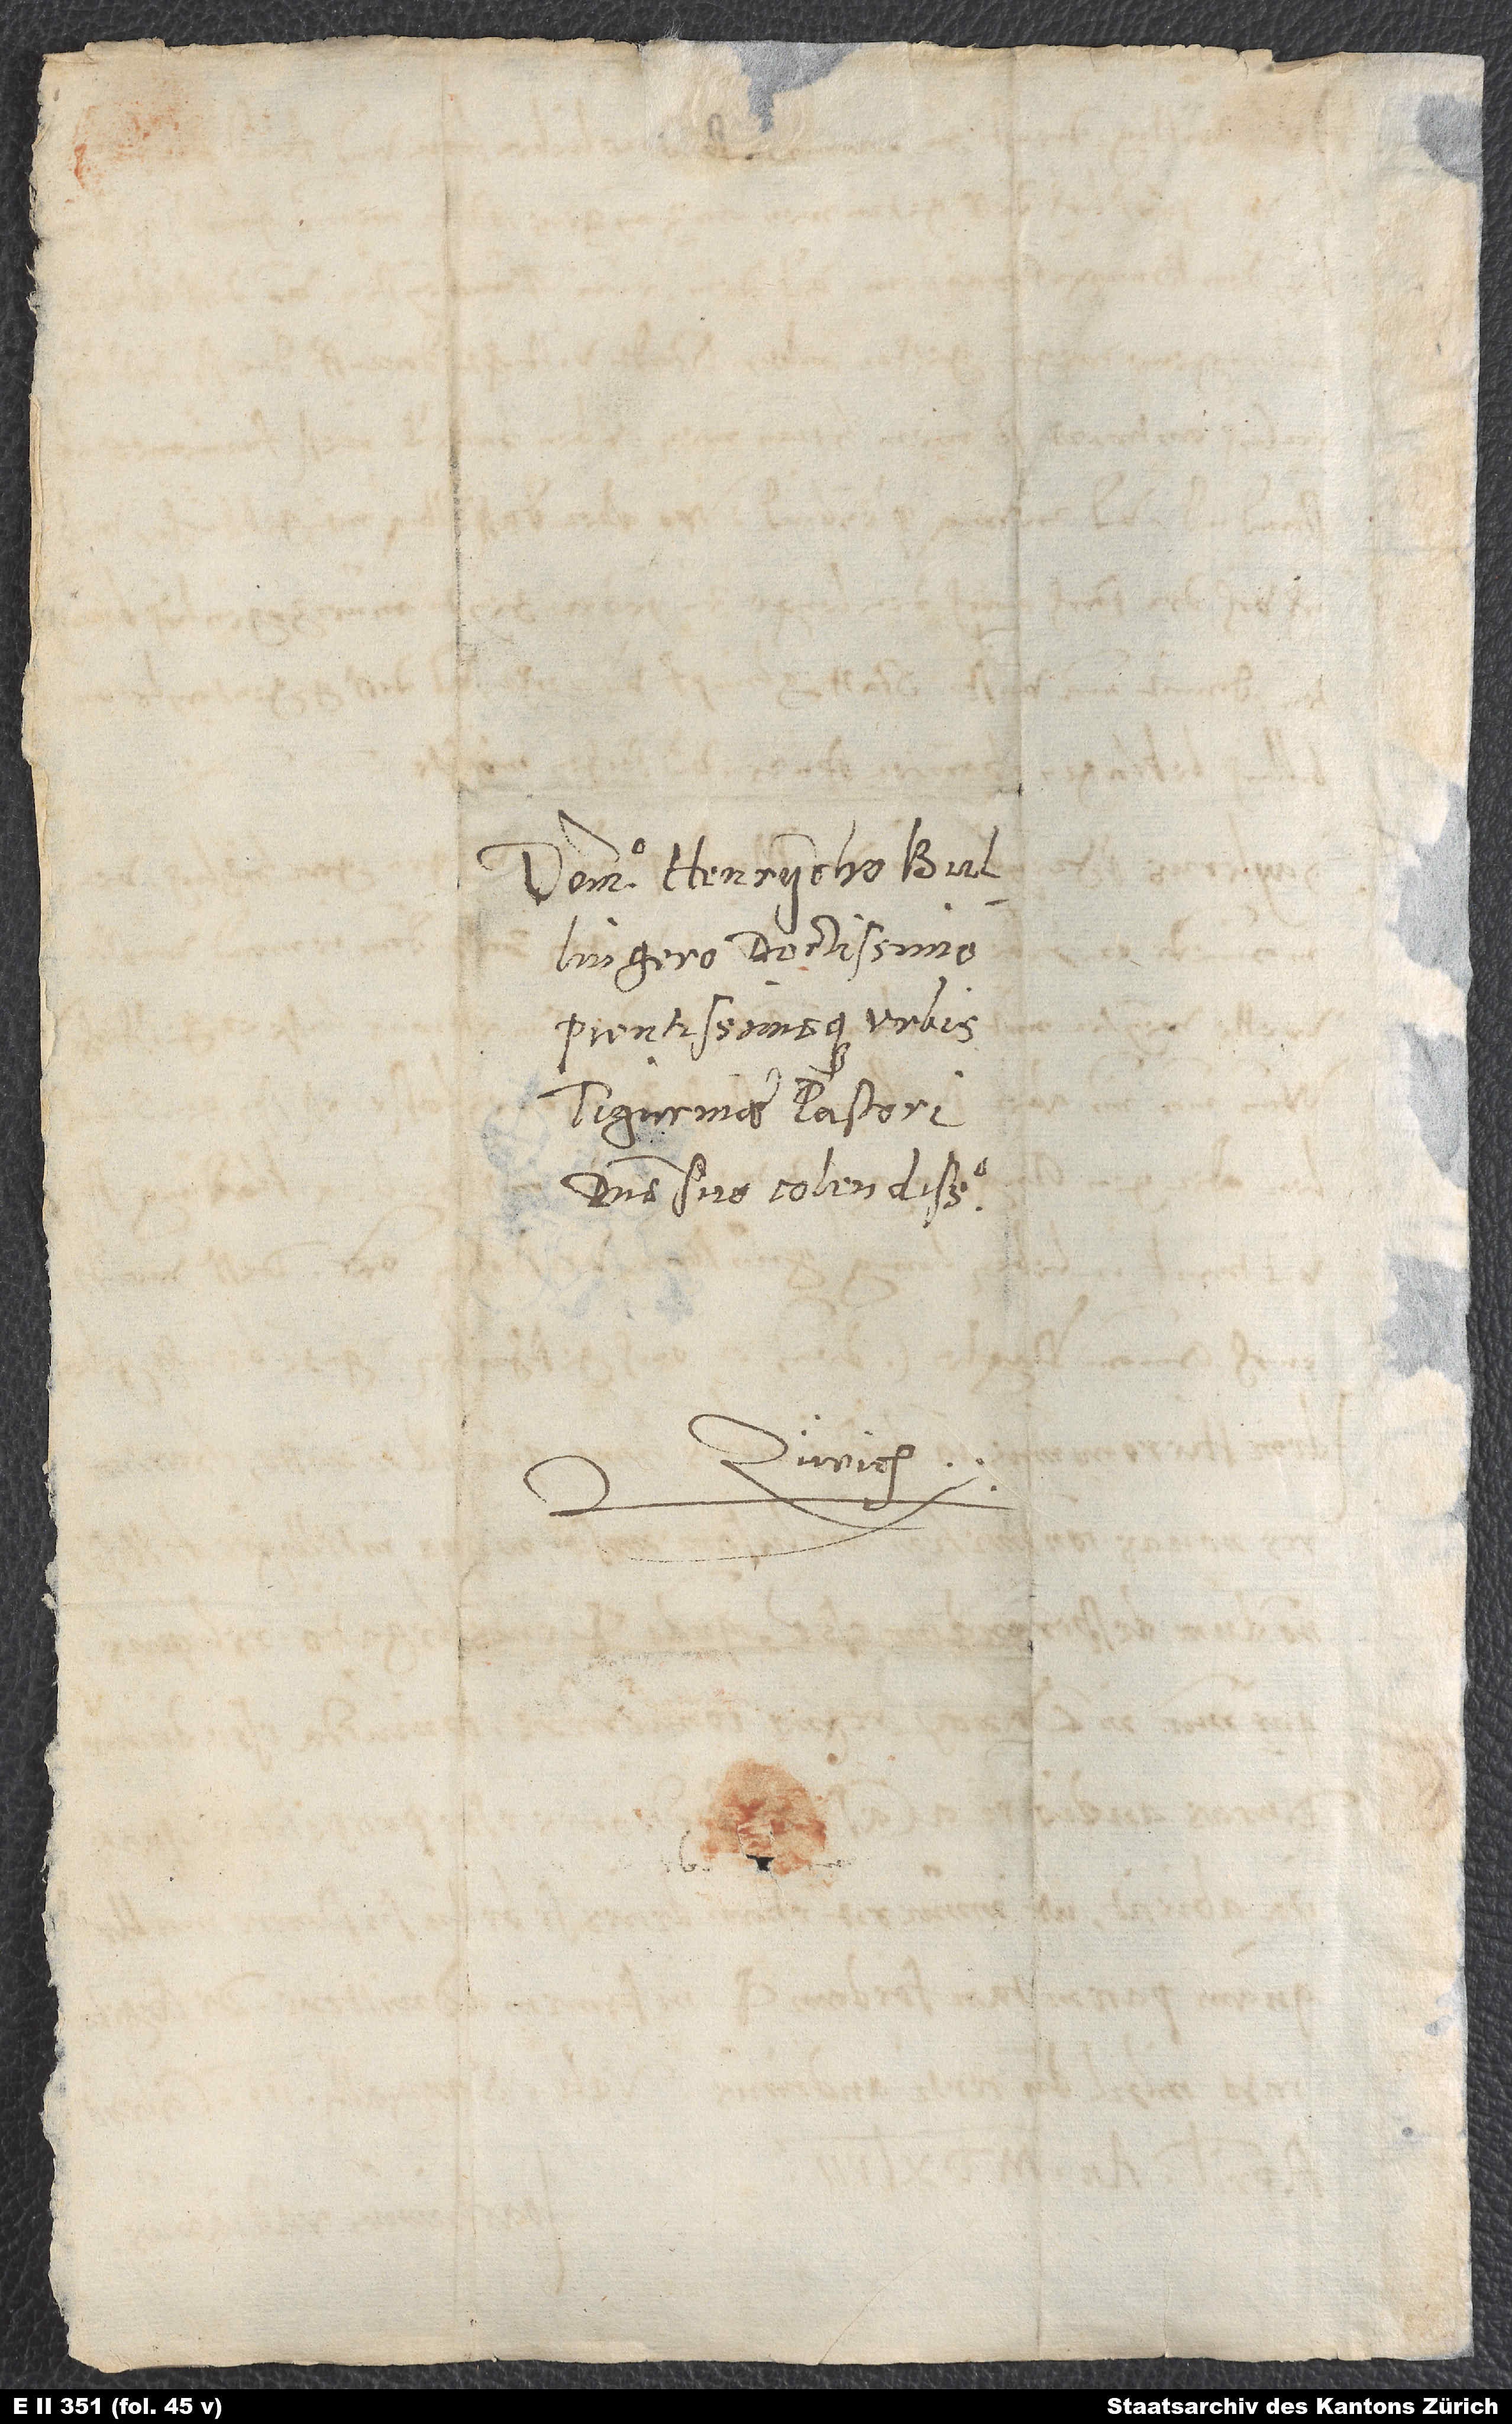
Domino Henrycho Bullingero,
Tigurinae pastori,
domino suo colendissimo.
Zürich.
S.